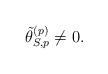
LaTeX: \begin{align*}\tilde{\theta}_{S,p}^{(p)} \not=0.\end{align*}